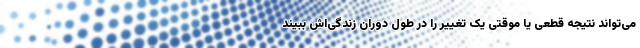
می‌تواند نتیجه قطعی یا موقتی یک تغییر را در طول دوران زندگی‌اش ببیند